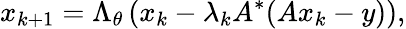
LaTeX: x_{k+1}=\Lambda_{\theta}\left(x_{k}-\lambda_{k}A^{*}(Ax_{k}-y)\right),